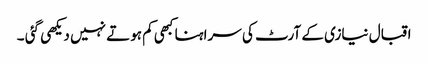
اقبال نیازی کے آرٹ کی سراہنا کبھی کم ہوتے نہیں دیکھی گئی ۔